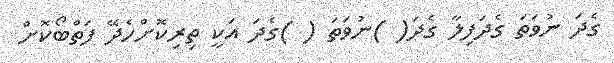
ގެދަ ނުވަތަ ގެދަފިލާ ގެދަ( )ނުވަތަ ( )ގެދަ އަކީ ތިރިކޮށްހެދޭ ފަތްބޯކޮށް